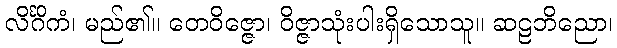
လိင်္ဂိကံ၊ မည်၏။ တေဝိဇ္ဇော၊ ဝိဇ္ဇာသုံးပါးရှိသောသူ။ ဆဠဘိညော၊